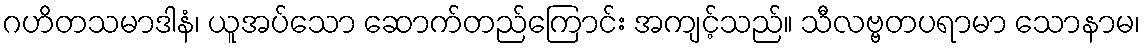
ဂဟိတသမာဒါနံ၊ ယူအပ်သော ဆောက်တည်ကြောင်း အကျင့်သည်။ သီလဗ္ဗတပရာမာ သောနာမ၊